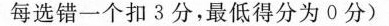
每选错一个扣3分，最低得分为0分)